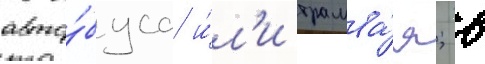
авто́буса и́л'и трамва́я; в